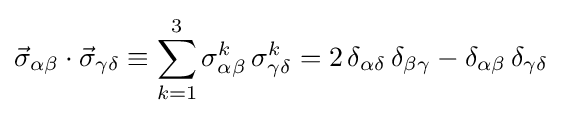
{\vec {\sigma }}_{\alpha \beta }\cdot {\vec {\sigma }}_{\gamma \delta }\equiv \sum _{k=1}^{3}\sigma _{\alpha \beta }^{k}\,\sigma _{\gamma \delta }^{k}=2\,\delta _{\alpha \delta }\,\delta _{\beta \gamma }-\delta _{\alpha \beta }\,\delta _{\gamma \delta }